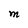
Character: M